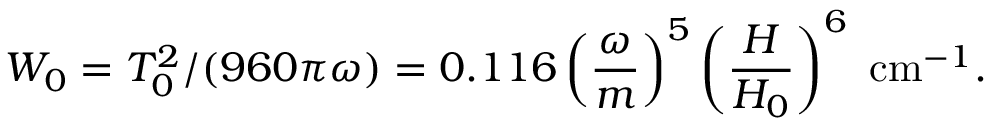
\displaystyle { W _ { 0 } = T _ { 0 } ^ { 2 } / ( 9 6 0 \pi \omega ) } = 0 . 1 1 6 \left( \frac { \omega } { m } \right) ^ { 5 } \left( \frac { H } { H _ { 0 } } \right) ^ { 6 } ~ \mathrm { c m } ^ { - 1 } .